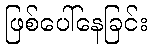
ဖြစ်ပေါ်နေခြင်း